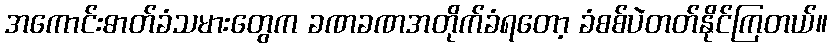
အကောင်းဓာတ်ခံသမားတွေက ခဏခဏအတိုက်ခံရတော့ ခံစစ်ပဲတတ်နိုင်ကြတယ်။